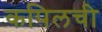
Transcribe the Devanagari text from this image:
कपिलची